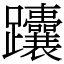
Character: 𬧟